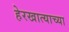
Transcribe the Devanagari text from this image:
हेरखात्याच्या